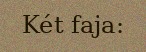
Két faja: